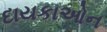
દાયકાઓન